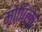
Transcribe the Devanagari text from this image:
मोपिला